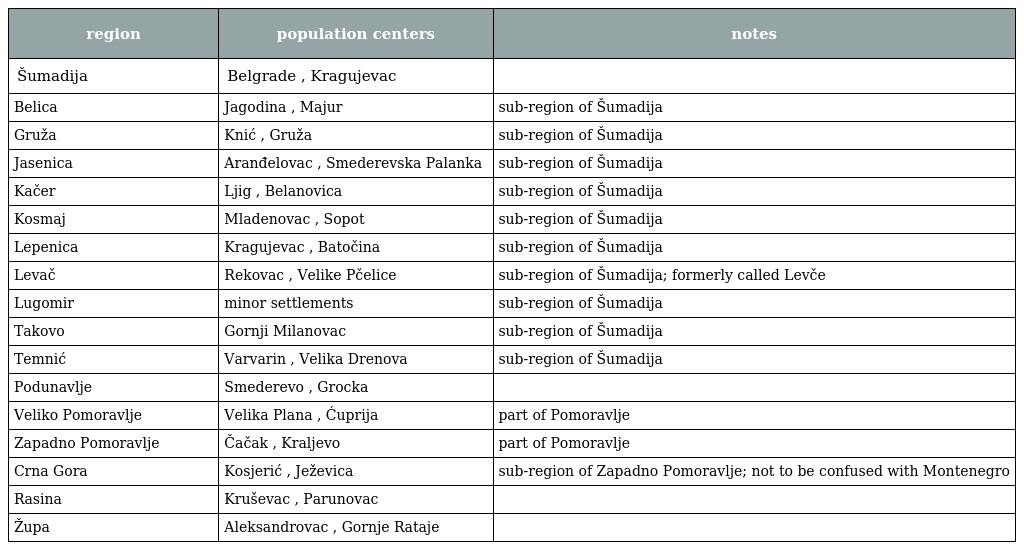
| region | population centers | notes |
 | --- | --- | --- |
 | Šumadija | Belgrade , Kragujevac |  |
 | Belica | Jagodina , Majur | sub-region of Šumadija |
 | Gruža | Knić , Gruža | sub-region of Šumadija |
 | Jasenica | Aranđelovac , Smederevska Palanka | sub-region of Šumadija |
 | Kačer | Ljig , Belanovica | sub-region of Šumadija |
 | Kosmaj | Mladenovac , Sopot | sub-region of Šumadija |
 | Lepenica | Kragujevac , Batočina | sub-region of Šumadija |
 | Levač | Rekovac , Velike Pčelice | sub-region of Šumadija; formerly called Levče |
 | Lugomir | minor settlements | sub-region of Šumadija |
 | Takovo | Gornji Milanovac | sub-region of Šumadija |
 | Temnić | Varvarin , Velika Drenova | sub-region of Šumadija |
 | Podunavlje | Smederevo , Grocka |  |
 | Veliko Pomoravlje | Velika Plana , Ćuprija | part of Pomoravlje |
 | Zapadno Pomoravlje | Čačak , Kraljevo | part of Pomoravlje |
 | Crna Gora | Kosjerić , Ježevica | sub-region of Zapadno Pomoravlje; not to be confused with Montenegro |
 | Rasina | Kruševac , Parunovac |  |
 | Župa | Aleksandrovac , Gornje Rataje |  |